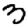
Digit: 3